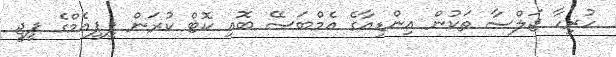
ހުރިހާ ޖަލްސާ ތަކުން އިންޑިއާގެ އެމްބަސޭ ބޮއި ކޮޓް ކުރަން ޕީޕީއެމްގެ ޕީޖީ